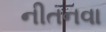
નીતનવા